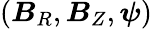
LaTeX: (\boldsymbol{B}_{R},\boldsymbol{B}_{Z},\boldsymbol{\psi})